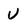
Character: V